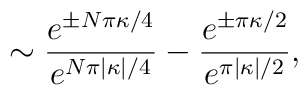
\sim\frac{e^{\pm N\pi\kappa/4}}{e^{N\pi|\kappa|/4}}-\frac{e^{\pm\pi\kappa/2}}{e^{\pi|\kappa|/2}},